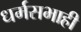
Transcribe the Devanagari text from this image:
धर्मसभाही